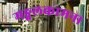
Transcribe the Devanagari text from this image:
मङ्गलकामना